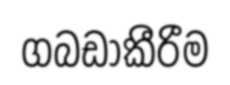
ගබඩාකීරීම